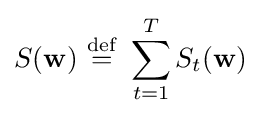
S(\mathbf {w} )\ {\stackrel {\mathrm {def} }{=}}\ \sum _{t=1}^{T}S_{t}(\mathbf {w} )